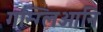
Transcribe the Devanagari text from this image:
गन्ग्लिओनि